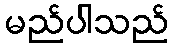
မည်ပါသည်